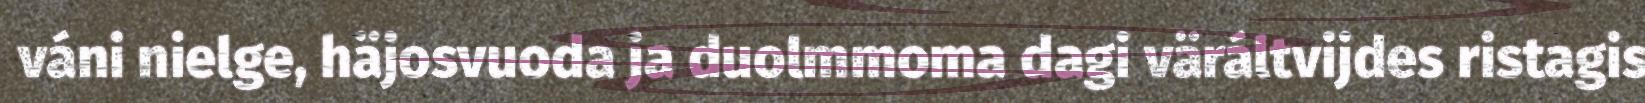
váni nielge, häjosvuoda ja duolmmoma dagi väráltvijdes ristagis